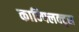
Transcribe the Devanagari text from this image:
कान्फ्लिक्ट्स